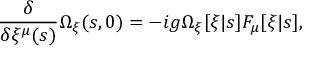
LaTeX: \frac { \delta } { \delta \xi ^ { \mu } ( s ) } \Omega _ { \xi } ( s , 0 ) = - i g \Omega _ { \xi } [ \xi | s ] F _ { \mu } [ \xi | s ] ,